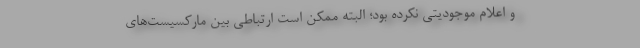
و اعلام موجودیتی نكرده بود؛ البته ممكن است ارتباطی بین ماركسیست‌های